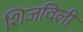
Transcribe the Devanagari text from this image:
शिजविली